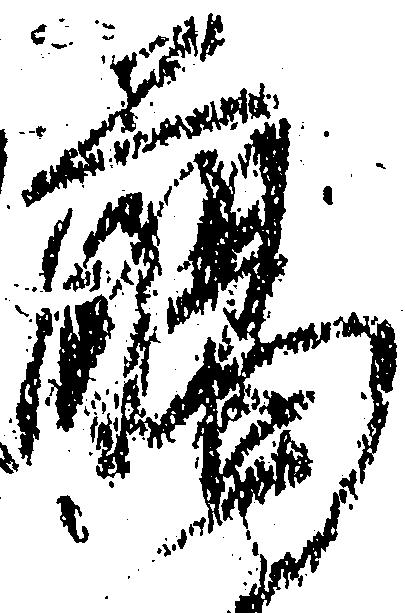
臈